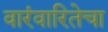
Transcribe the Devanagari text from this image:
वारंवारितेचा